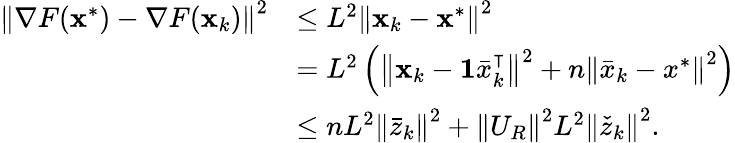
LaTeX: \begin{array}{rl}{\left\Vert\nabla F(\mathbf{x}^{*})-\nabla F(\mathbf{x}_{k})\right\Vert^{2}}&{\leq L^{2}\left\Vert\mathbf{x}_{k}-\mathbf{x}^{*}\right\Vert^{2}}\\ &{=L^{2}\left(\left\Vert\mathbf{x}_{k}-\mathbf{1}\bar{x}_{k}^{\intercal}\right\Vert^{2}+n\left\Vert\bar{x}_{k}-x^{*}\right\Vert^{2}\right)}\\ &{\leq nL^{2}\left\Vert\bar{z}_{k}\right\Vert^{2}+\left\Vert U_{R}\right\Vert^{2}L^{2}\left\Vert\check{z}_{k}\right\Vert^{2}.}\end{array}